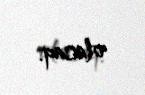
olacaq.